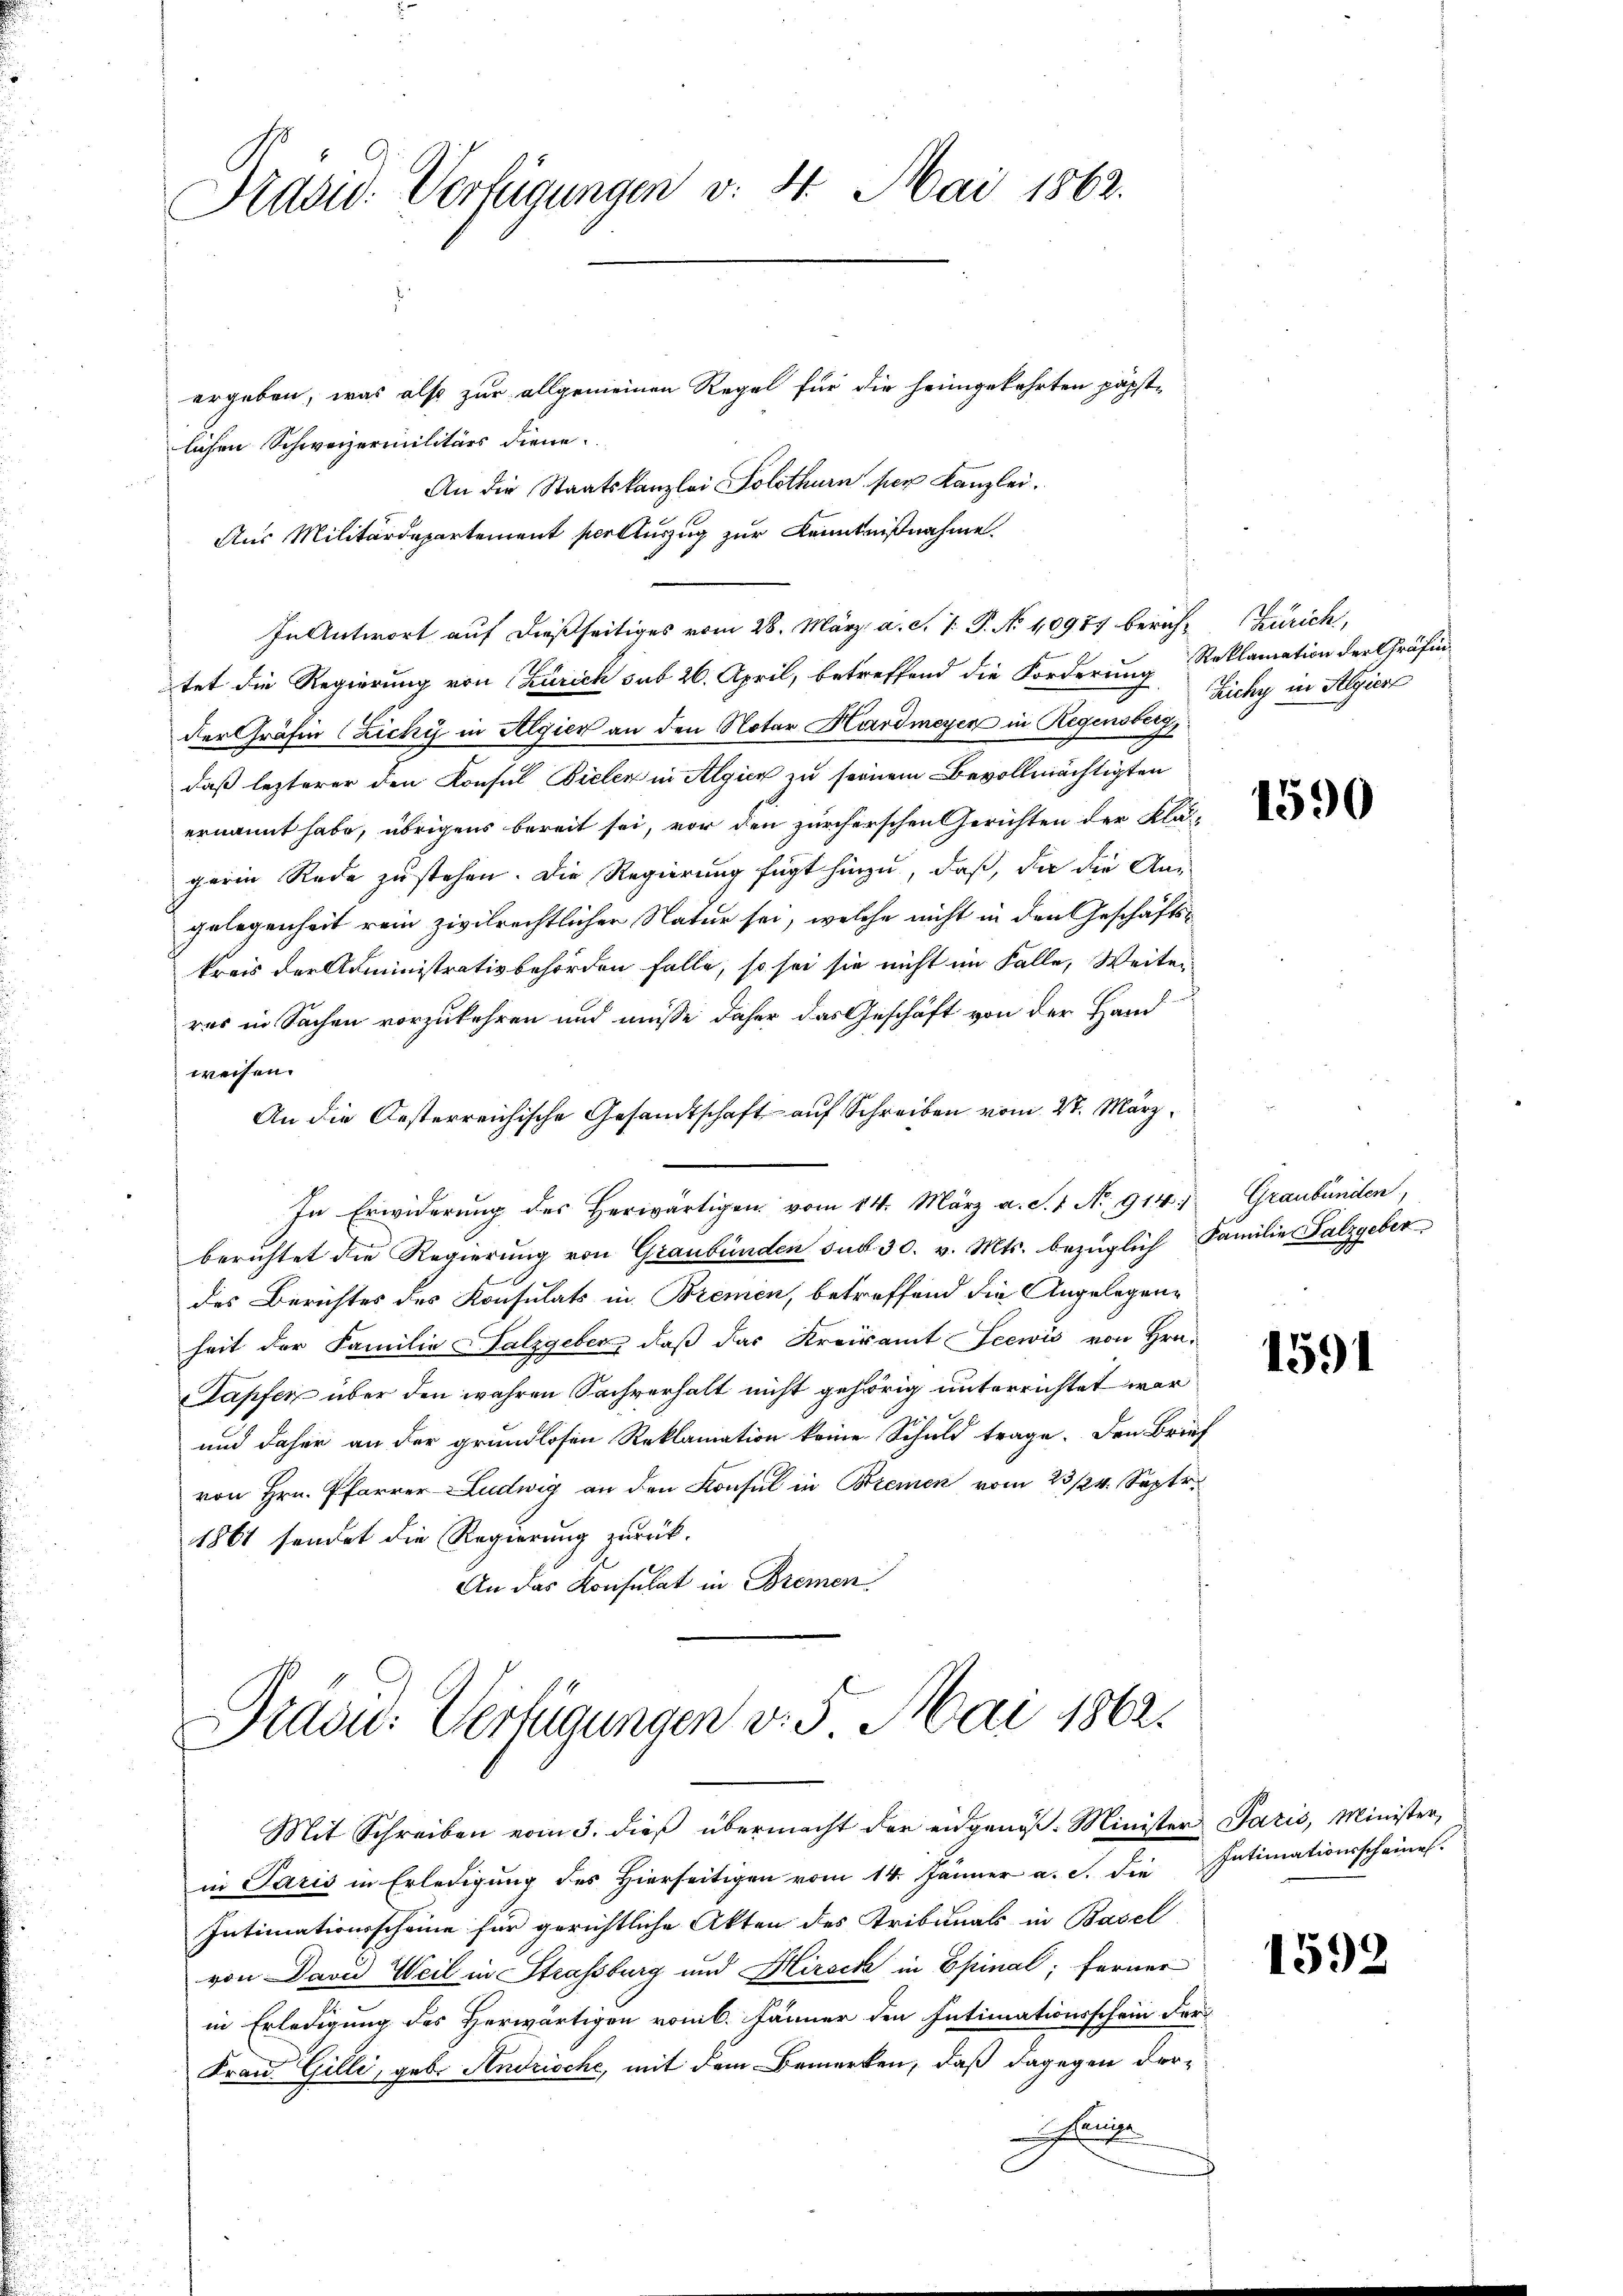
Präsid. Verfügungen v. 4. Mai 1862.

ergeben, was also zur allgemeinen Regel für die heimgekehrten päpstlichen Schweizermilitärs diene.
An die Staatskanzlei Solothurn, der Kanzlei.
Aus Militärdepartement seellinzug zur Kenntnißnahme.
In Antwort auf dießseitiges vom 28. März a. c. 1. P. No 10987 bericht Zürich,
tet die Regierung von Zürich sub 26. April, betreffend die Forderung Reklamation der Gräfinder Gräfin (Zichy in Algier an den Notar Hardmeyer in Regensberg,
daß lezterer den Konsul Bielen in Algien zu seinem Bevollmächtigten
ernannt habe, übrigens bereit sei, vor den zürcherschen Gerichten der Klägerin Rede zustehen. Die Regierung fügt hinzu, daß, da die Angelegenheit rein zivilrechtlicher Natur sei, welche nicht in den Geschäftskreis der Administrativbehörden falle, so sei sie nicht im Falle, Weiter
res in Sachen vorzukehren und müsse daher das Geschäft von der Hand
weisen.
An die Oesterreichische Gesandtschaft auf Schreiben vom 27. März
In Erwiderung des Herwärtigen vom 14. März a. S. 1. No 914. Graubünden,
berichtet die Regierung von Graubünden sub 30. v. Mts. bezüglich Familie Salzgeber
des Berichtes des Konsulats in Bremen, betreffend die Angelegenheit der Familie Falzgeber, daß das Kreisamt Seewis von Hrn.
Dapfer über den wahren Sachverhalt nicht gehörig unterrichtet war
und daher an der grundlosen Reklamation keine Schuld trage. Den Brief
von Hrn. Pfarrer Ludwig an den Konsul in Bremen vom 23/24. Septr.
1861 sendet die Regierung zurück.
An das Konsulat in Bremen

Bradu: Verfügungen v. 5. Mai 1862.
Mit Schreiben vom 3. dieß übermacht der eidgenoß. Minister Paris, Minister,

Zichy in Algier

in Paris in Erledigung des Hierseitigen vom 14. Jänner a. c. die Intimationsscheines
Intimationsscheine für gerichtliche Akten des Tribunals in Basel
von David Weil in Strassburg und Hirsck in Epinal; ferner
in Erledigung des Herwärtigen vom 6. Jänner den Intimationsschein der
Frau Gilli, geb. Andrische, mit dem Bemerken, daß dagegen derenie

1590

1591

1592